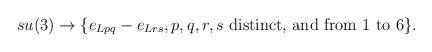
LaTeX: \begin{align*}su(3)\rightarrow \{e_{Lpq}-e_{Lrs}, p,q,r,s \mbox{ distinct, and from }1\mbox{ to } 6\}.\end{align*}